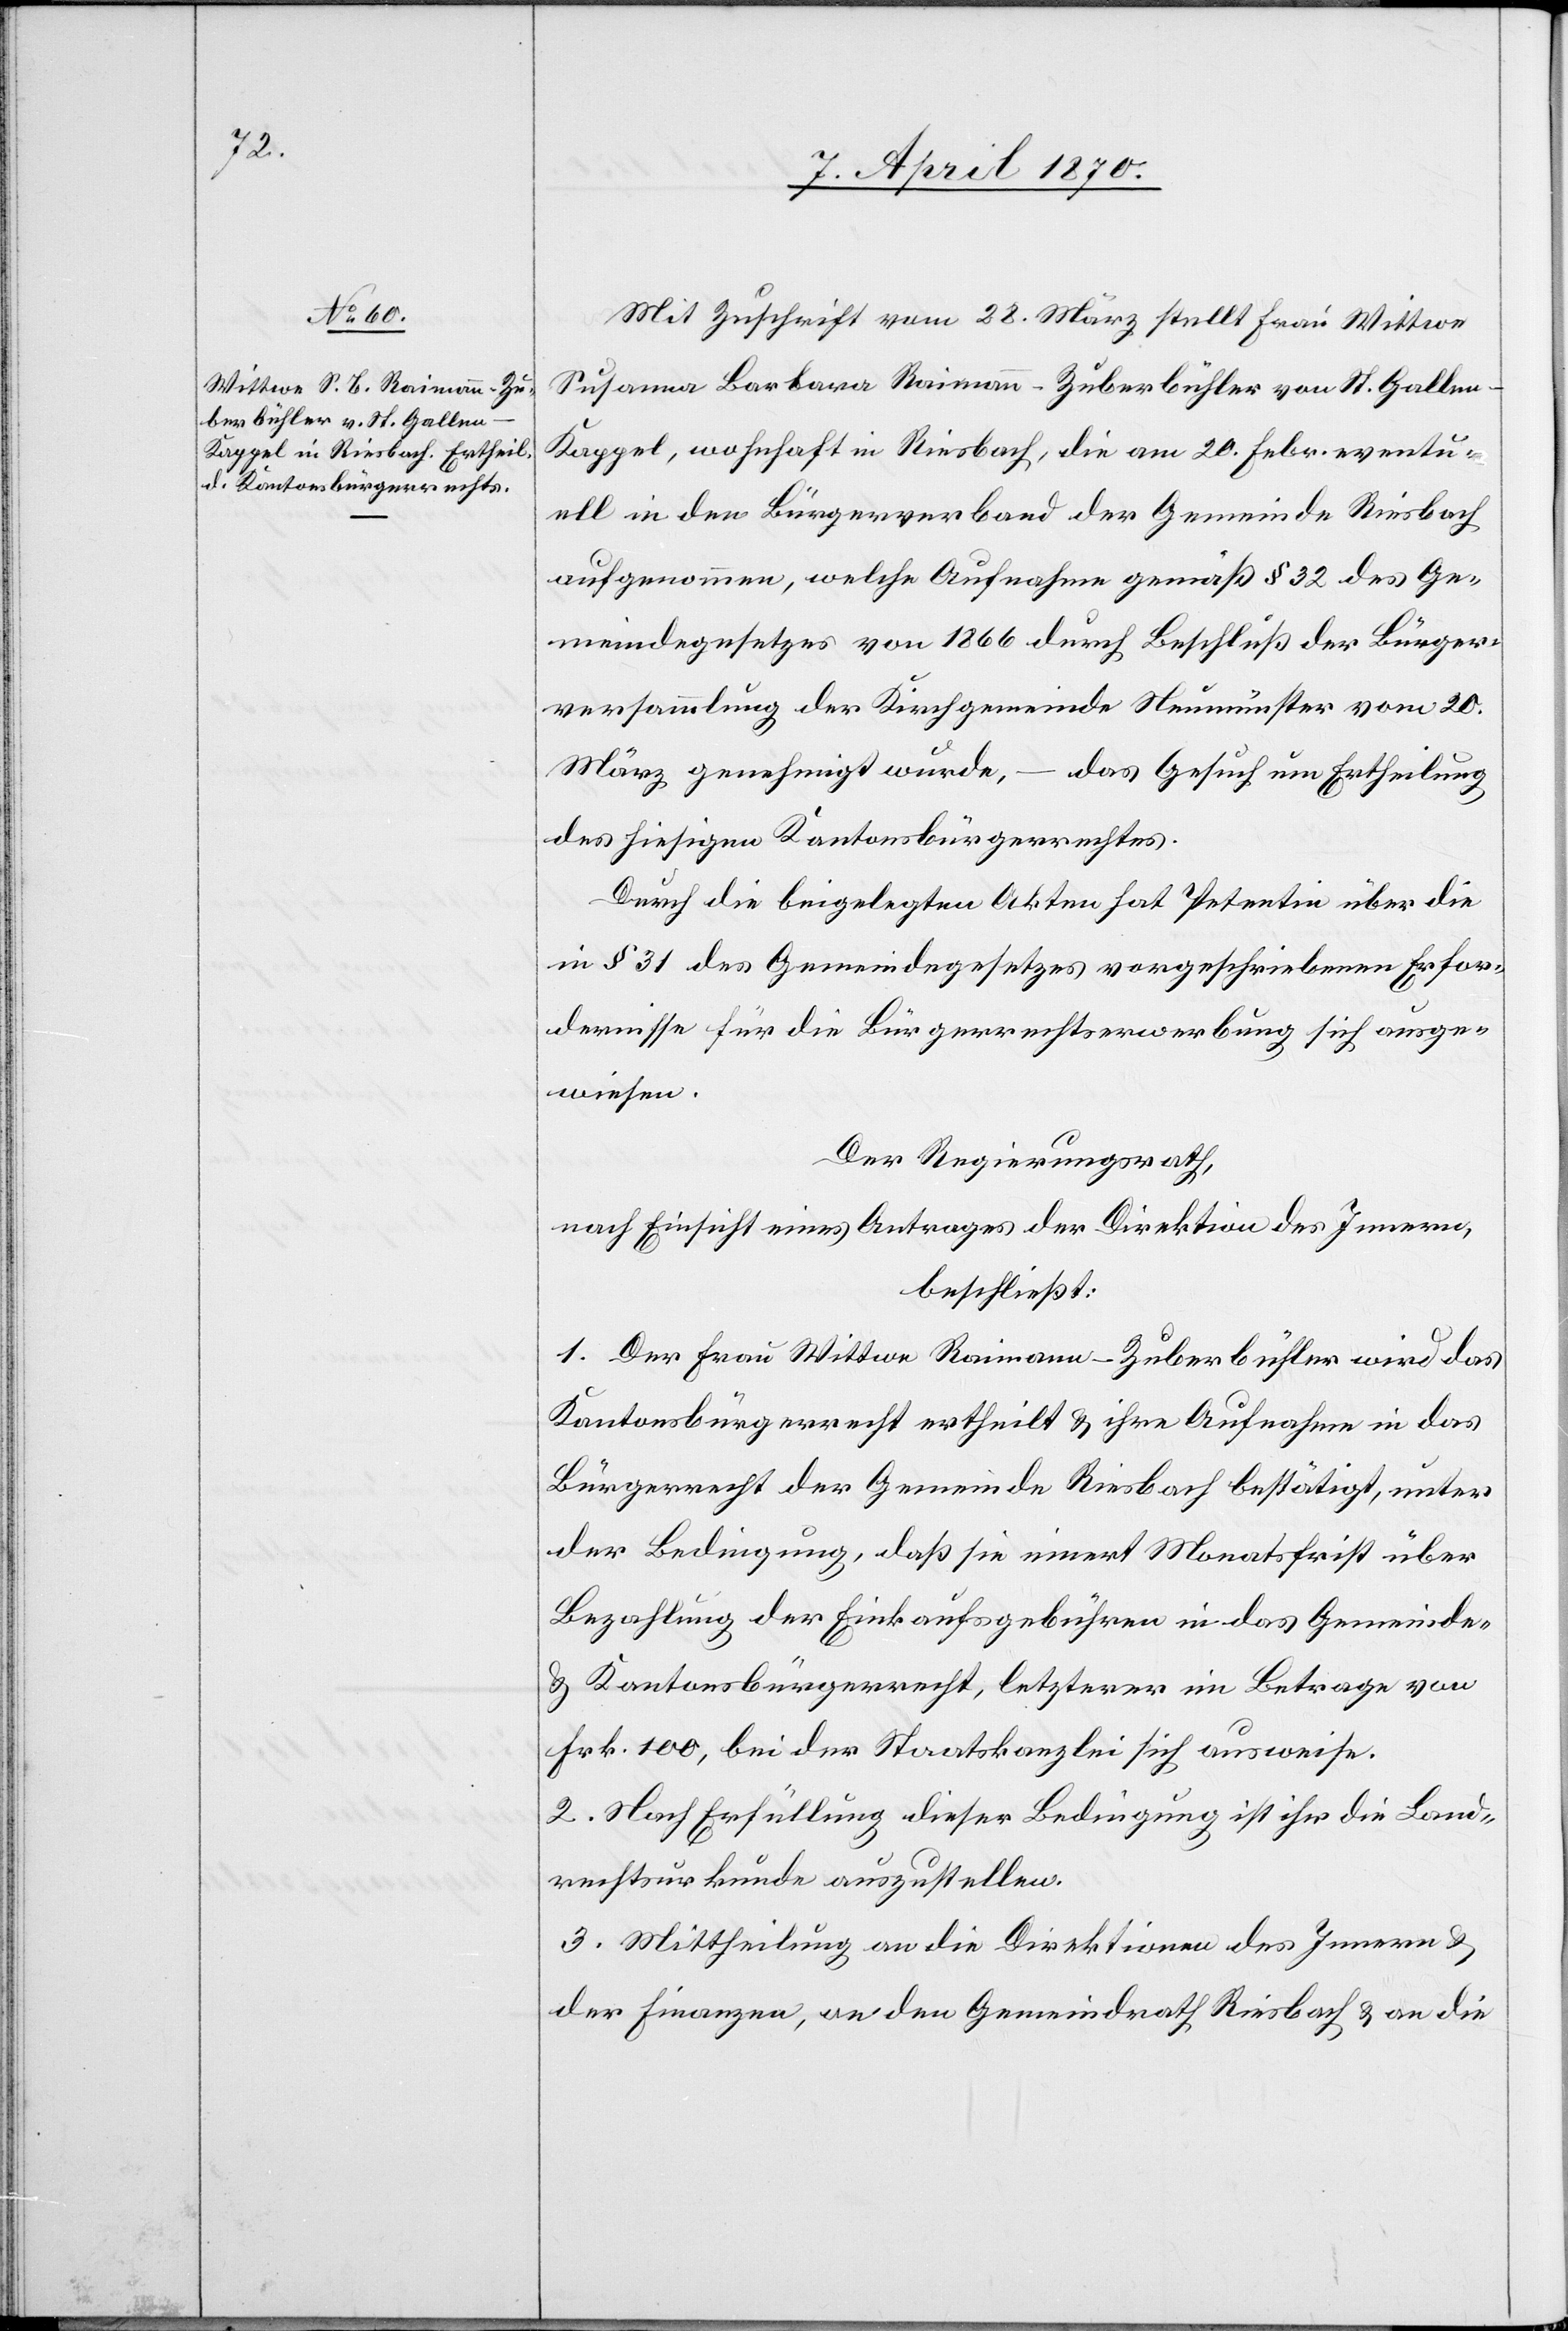
Mit Zuschrift vom 28. März stellt Frau Wittwe
Susanna Barbara Raimann-Zuberbühler von St. Gallen
Kappel, wohnhaft in Riesbach, die am 20. Febr. eventu¬
ell in den Bürgerverband der Gemeinde Riesbach
aufgenommen, welche Aufnahme gemäß § 32 des Ge¬
meindegesetzes von 1866 durch Beschluß der Bürger¬
versammlung der Kirchgemeinde Neumünster vom 20.
März genehmigt wurde,
–
das Gesuch um Ertheilung
des hiesigen Kantonsbürgerrechtes.
Durch die beigelegten Akten hat Petentin über die
in § 31 des Gemeindegesetzes vorgeschriebenen Erfor¬
dernisse für die Bürgerrechtserwerbung sich ausge¬
wiesen.
Der Regierungsrath,
nach Einsicht eines Antrages der Direktion des Innern,
beschließt:
1. Der Frau Wittwe Raimann-Zuberbühler wird das
Kantonsbürgerrecht ertheilt & ihre Aufnahme in das
Bürgerrecht der Gemeinde Riesbach bestätigt, unter
der Bedingung, daß sie innert Monatsfrist über
Bezahlung der Einkaufsgebühren in das Gemeinde-
& Kantonsbürgerrecht, letzterer im Betrage von
Frk. 100, bei der Staatskanzlei sich ausweise.
2. Nach Erfüllung dieser Bedingung ist ihr die Land¬
rechtsurkunde auszustellen.
3. Mittheilung an die Direktionen des Innern &
der Finanzen, an den Gemeindrath Riesbach & an die